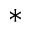
^ *